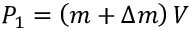
P _ { 1 } = \left( { m + \Delta m } \right) V